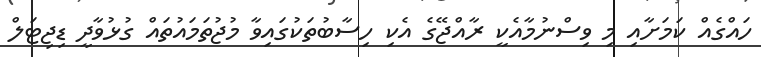
ހައްގެއް ކަމަށާއި މި ވިސްނުމާއެކީ ރާއްޖޭގެ އެކި ހިސާބުތަކުގައިވާ މުޖުތަމައުތައް ގުޅުވާދީ ޑިޖިޓަލް